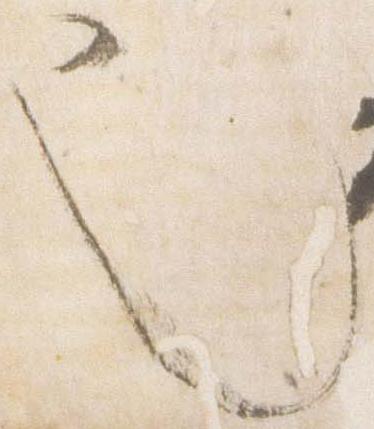
也